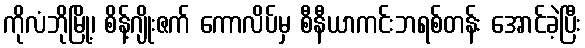
ကိုလံဘိုမြို့၊ စိန့်ဂျိုးဇက် ကောလိပ်မှ စီနီယာကင်းဘရစ်တန်း အောင်ခဲ့ပြီး